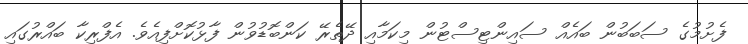
ފެށުމުގެ ސަބަބުން ބައެއް ސައިންޓިސްޓުން މިކަމާއި ދޭތެރޭ ކަންބޮޑުވުން ފާޅުކޮށްފިއެވެ. އެފްރިކާ ބައްރުގައި